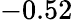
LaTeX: -0.52